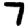
Digit: 7